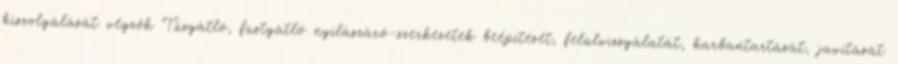
kiszolgálását végzők Tűzgátló, füstgátló nyílászáró-szerkezetek beépítését, felülvizsgálatát, karbantartását, javítását